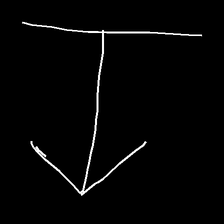
Glyph: levitation